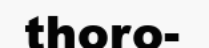
thoro-